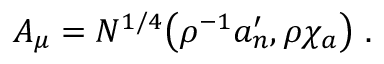
A _ { \mu } = N ^ { 1 / 4 } \big ( \rho ^ { - 1 } a _ { n } ^ { \prime } , \rho \chi _ { a } \big ) \ .